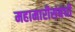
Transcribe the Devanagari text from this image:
महामारीसंबंधी